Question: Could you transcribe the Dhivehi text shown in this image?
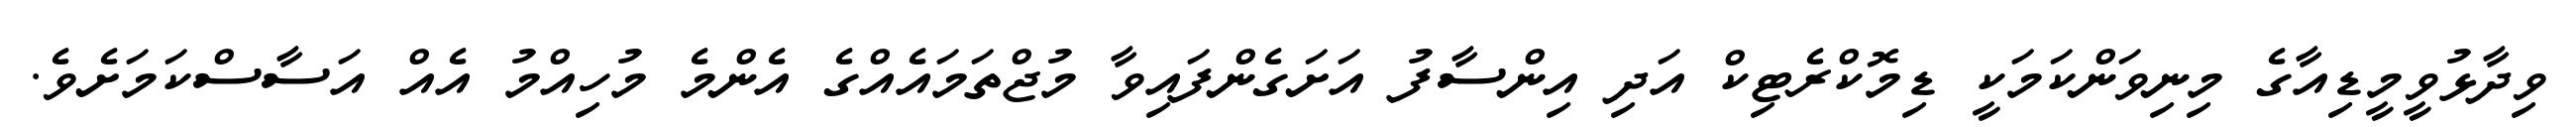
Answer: ވިދާޅުވީމީޑިއާގެ މިނިވަންކަމަކީ ޑިމޮކްރެޓިކް އަދި އިންސާފު އަށަގެންފައިވާ މުޖްތަމައެއްގެ އެންމެ މުހިއްމު އެއް އަސާސްކަމަށެވެ.